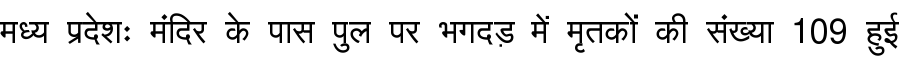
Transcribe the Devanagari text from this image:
मध्य प्रदेशः मंदिर के पास पुल पर भगदड़ में मृतकों की संख्या 109 हुई